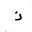
Letter: _thal